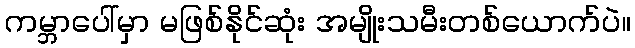
ကမ္ဘာပေါ်မှာ မဖြစ်နိုင်ဆုံး အမျိုးသမီးတစ်ယောက်ပဲ။